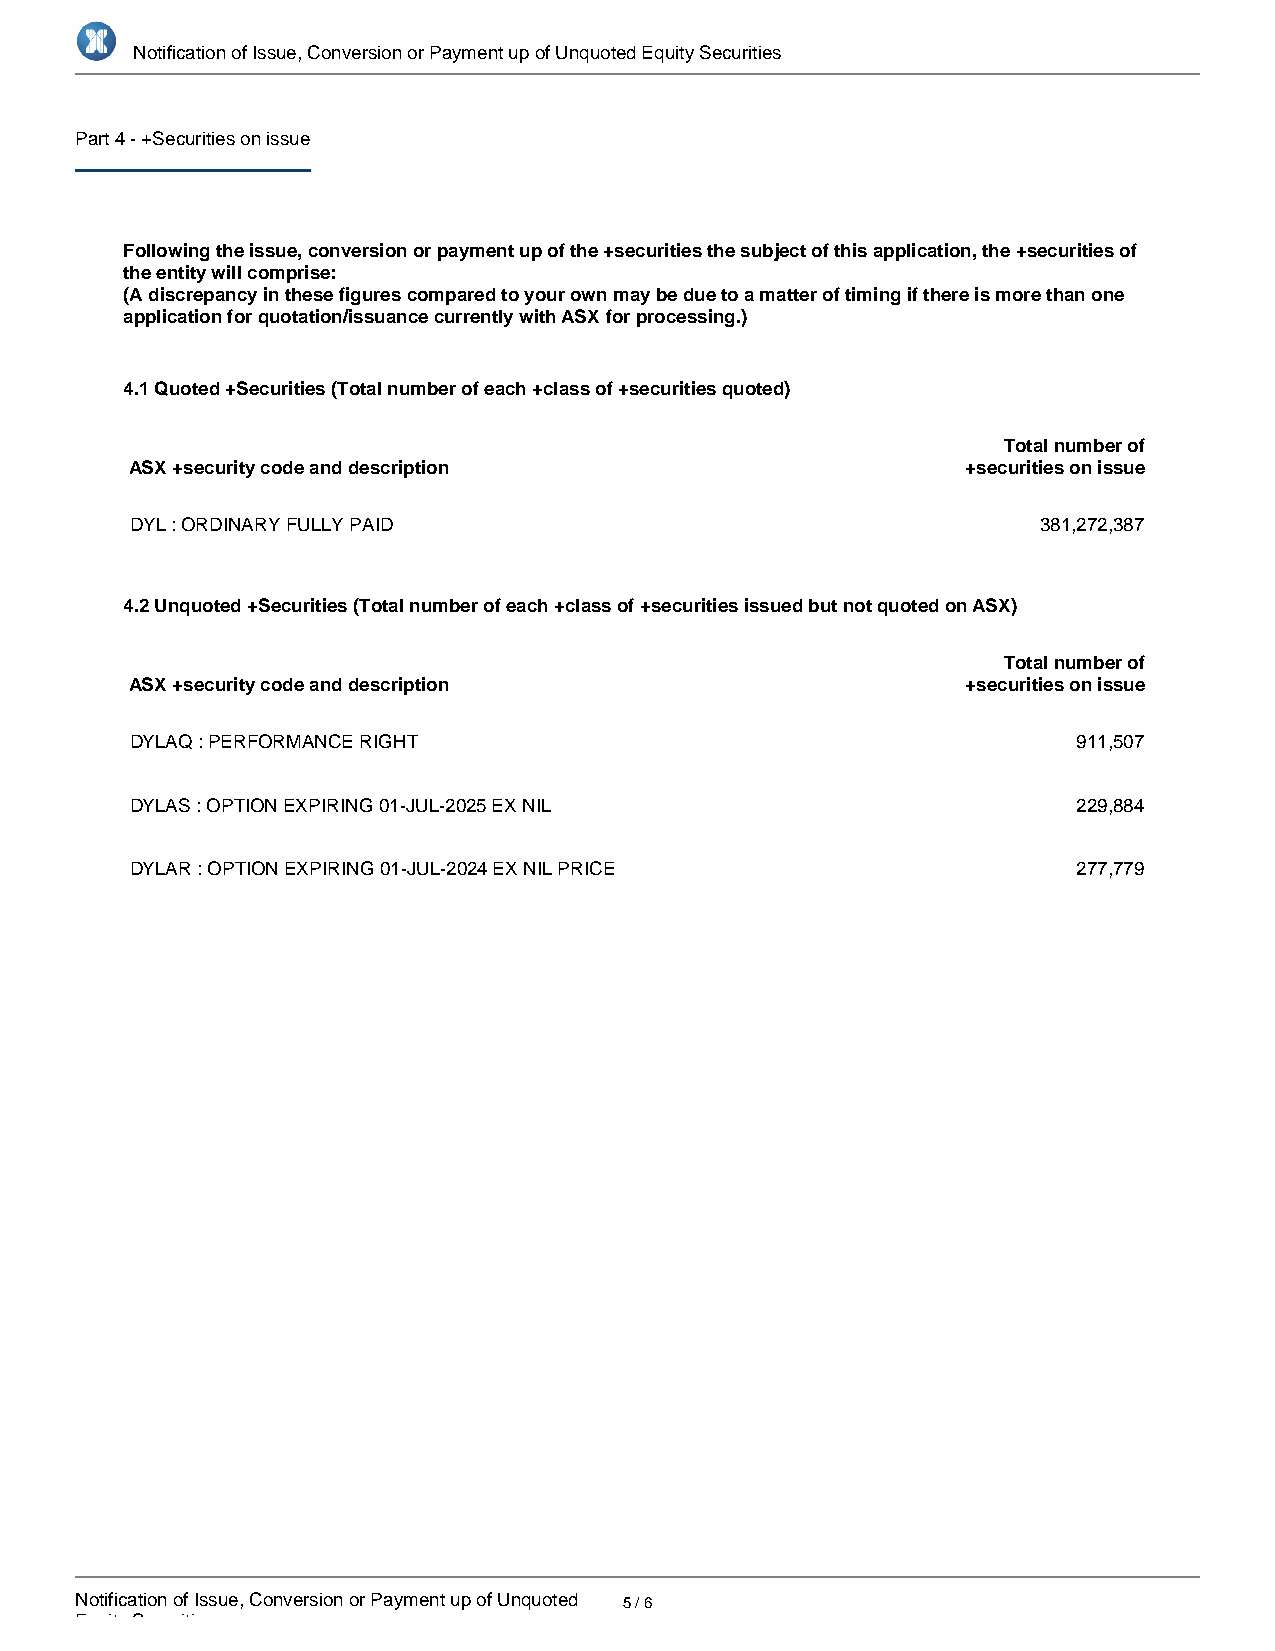
Notification of Issue, Conversion or Payment up of Unquoted Equity Securities
 Part 4 - +Securities on issue
 Following the issue, conversion or payment up of the +securities the subject of this application, the +securities of
 the entity will comprise:
 (A discrepancy in these figures compared to your own may be due to a matter of timing if there is more than one
 application for quotation/issuance currently with ASX for processing.)
 4.1 Quoted +Securities (Total number of each +class of +securities quoted)
 Total number of
 ASX +security code and description                     +securities on issue
 DYL : ORDINARY FULLY PAID                                   381,272,387
 4.2 Unquoted +Securities (Total number of each +class of +securities issued but not quoted on ASX)
 Total number of
 ASX +security code and description                     +securities on issue
 DYLAQ : PERFORMANCE RIGHT                                     911,507
 DYLAS : OPTION EXPIRING 01-JUL-2025 EX NIL                    229,884
 DYLAR : OPTION EXPIRING 01-JUL-2024 EX NIL PRICE              277,779
 Notification of Issue, Conversion or Payment up of Unquoted 5 / 6
 Equity Securities